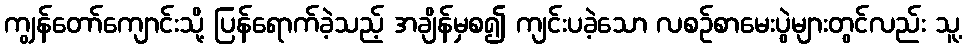
ကျွန်တော်ကျောင်းသို့ ပြန်ရောက်ခဲ့သည့် အချိန်မှစ၍ ကျင်းပခဲ့သော လစဉ်စာမေးပွဲများတွင်လည်း သူ့